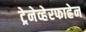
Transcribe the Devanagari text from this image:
ट्रेनेव्हेरफाह्रेन